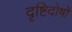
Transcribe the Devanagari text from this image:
दृष्टिदोषों